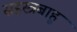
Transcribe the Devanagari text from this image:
सहस्त्रबाहू